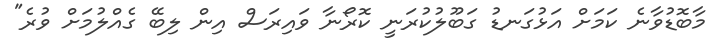
މާބޮޑުވާނެ ކަމަށް އަޅުގަނޑު ގަބޫލުކުރަނީ ކޮރޯނާ ވައިރަސް އިން ލިބޭ ގެއްލުމަށް ވުރެ"